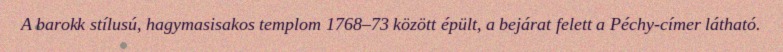
A barokk stílusú, hagymasisakos templom 1768–73 között épült, a bejárat felett a Péchy-címer látható.